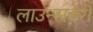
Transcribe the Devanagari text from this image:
लाउन्सबेरी